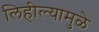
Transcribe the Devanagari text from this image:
लिहील्यामुळे